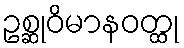
ဥစ္ဆုဝိမာနဝတ္ထု